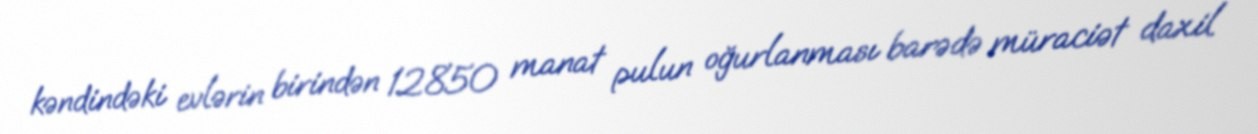
kəndindəki evlərin birindən 12850 manat pulun oğurlanması barədə müraciət daxil